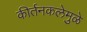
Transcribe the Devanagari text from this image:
कीर्तनकलेमुळे